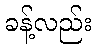
ခန့်လည်း